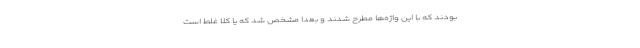
بودند که با این واژه‌ها مطرح شدند و بعدا مشخص شد که یا کلا غلط است